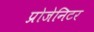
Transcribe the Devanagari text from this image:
प्रोजेनिटर